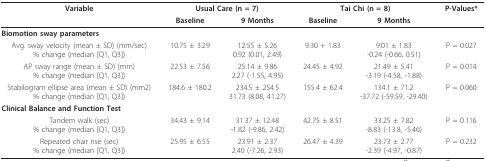
<table><thead><tr><td><b>Variable</b></td><td colspan="2"><b>Usual Care (n = 7)</b></td><td colspan="2"><b>Tai Chi (n = 8)</b></td><td><b>P-Values*</b></td></tr><tr><td></td><td><b>Baseline</b></td><td><b>9 Months</b></td><td><b>Baseline</b></td><td><b>9 Months</b></td><td></td></tr></thead><tbody><tr><td colspan="6"><b>Biomotion sway parameters</b></td></tr><tr><td>Avg. sway velocity (mean ± SD) (mm/sec)% change (median [Q1, Q3])</td><td>10.75 ± 3.29</td><td>12.55 ± 5.260.92 (0.01, 2.49)</td><td>9.30 + 1.83</td><td>9.01 ± 1.83-0.24 (-0.66, 0.51)</td><td>P = 0.027</td></tr><tr><td>AP sway range (mean ± SD) (mm)% change (median [Q1, Q3])</td><td>22.53 ± 7.56</td><td>25.14 ± 9.862.27 (-1.55, 4.95)</td><td>24.45 ± 4.92</td><td>21.49 ± 5.41-3.19 (-4.58, -1.88)</td><td>P = 0.014</td></tr><tr><td>Stabilogram ellipse area (mean ± SD) (mm2)% change (median [Q1, Q3])</td><td>184.6 ± 180.2</td><td>234.5 ± 254.531.73 (8.08, 41.27)</td><td>155.4 ± 62.4</td><td>134.1 ± 71.2-37.72 (-59.59, -29.40)</td><td>P = 0.060</td></tr><tr><td colspan="6"><b>Clinical Balance and Function Test</b></td></tr><tr><td>Tandem walk (sec)% change (median [Q1, Q3])</td><td>34.43 ± 9.14</td><td>31.37 ± 12.48-1.82 (-9.86, 2.42)</td><td>42.75 ± 8.51</td><td>33.25 ± 7.82-8.83 (-13.8, -5.46)</td><td>P = 0.116</td></tr><tr><td>Repeated chair rise (sec)% change (median [Q1, Q3])</td><td>25.95 ± 6.55</td><td>23.91 ± 2.372.40 (-7.26, 2.93)</td><td>26.47 ± 4.39</td><td>23.73 ± 2.77-2.39 (-4.97, -0.87)</td><td>P = 0.232</td></tr></tbody></table>